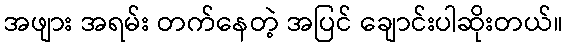
အဖျား အရမ်း တက်နေတဲ့ အပြင် ချောင်းပါဆိုးတယ်။